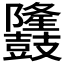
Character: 𪔳